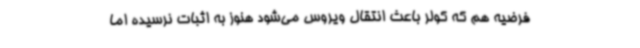
فرضیه هم که کولر باعث انتقال ویروس می‌شود هنوز به اثبات نرسیده اما